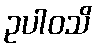
ဥပါဝသိ